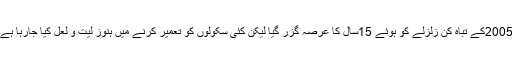
2005کے تباہ کن زلزلے کو ہوئے 15سال کا عرصہ گزر گیا لیکن کئی سکولوں کو تعمیر کرنے میں ہنوز لیت و لعل کیا جارہا ہے۔